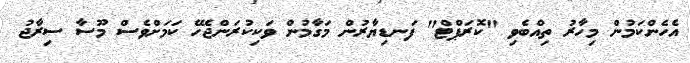
އެހެންކަމުން މިހާރު ތިއްބެވި "ކޮރަޕްޓް" ފަނޑިޔާރުން މަގާމުން ވަކިކުރަންޖެހޭ ކަމަށްވެސް މޫސާ ސިރާޖު